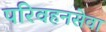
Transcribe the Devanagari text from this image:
परिवहनसेवा